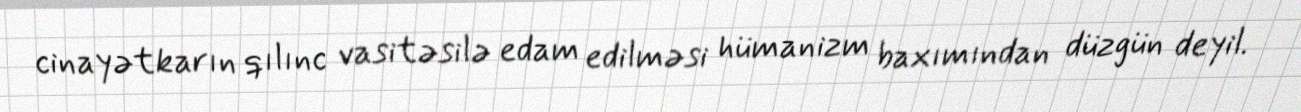
cinayətkarın qılınc vasitəsilə edam edilməsi hümanizm baxımından düzgün deyil.